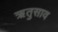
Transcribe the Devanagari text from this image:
ऋतुसाव